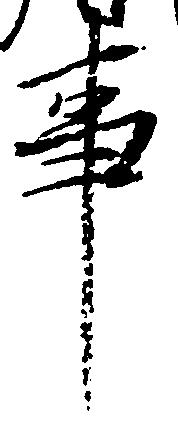
事